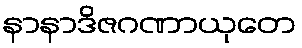
နာနာဒိဇဂဏာယုတေ